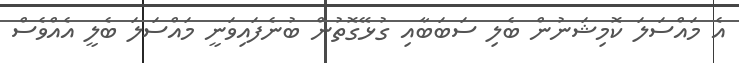
އެ މައްސަލަ ކޮމިޝަނުން ބެލި ސަބަބާއި ގުޅޭގޮތުން ބުނެފައިވަނީ މައްސަލަ ބެލީ އެއްވެސް